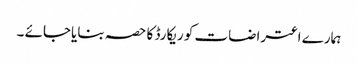
ہمارے اعتراضات کو ریکارڈ کا حصہ بنایاجائے ۔